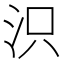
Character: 𣲵